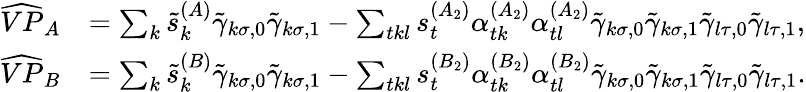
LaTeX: \begin{array}{rl}{\widehat{VP}_{A}}&{=\sum_{k}\tilde{s}_{k}^{(A)}\tilde{\gamma}_{k\sigma,0}\tilde{\gamma}_{k\sigma,1}-\sum_{tkl}s_{t}^{(A_{2})}\alpha_{tk}^{(A_{2})}\alpha_{tl}^{(A_{2})}\tilde{\gamma}_{k\sigma,0}\tilde{\gamma}_{k\sigma,1}\tilde{\gamma}_{l\tau,0}\tilde{\gamma}_{l\tau,1},}\\ {\widehat{VP}_{B}}&{=\sum_{k}\tilde{s}_{k}^{(B)}\tilde{\gamma}_{k\sigma,0}\tilde{\gamma}_{k\sigma,1}-\sum_{tkl}s_{t}^{(B_{2})}\alpha_{tk}^{(B_{2})}\alpha_{tl}^{(B_{2})}\tilde{\gamma}_{k\sigma,0}\tilde{\gamma}_{k\sigma,1}\tilde{\gamma}_{l\tau,0}\tilde{\gamma}_{l\tau,1}.}\end{array}